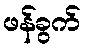
ဖန်ခွက်